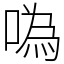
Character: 噅